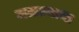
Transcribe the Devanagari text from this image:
जळल्याचा